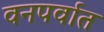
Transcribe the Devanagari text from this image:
वनपर्वात